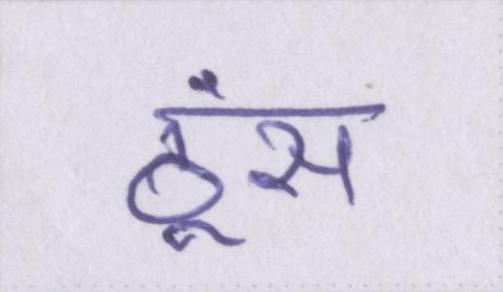
ठूंस